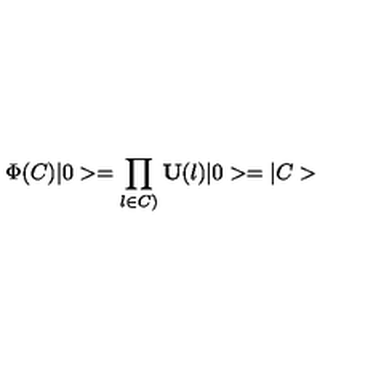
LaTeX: \Phi ( C ) | 0 > = \prod _ { l \in C ) } { \bf U } ( l ) | 0 > = | C >